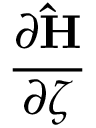
\frac { \partial \mathbf { \hat { H } } } { \partial \zeta }